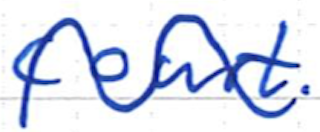
Text: court.
Cross-out: wave
Writing tool: ballpoint